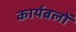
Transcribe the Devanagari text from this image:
कार्यबलों